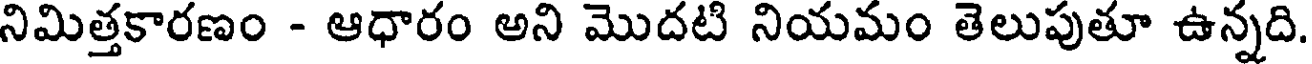
నిమిత్తకారణం - ఆధారం అని మొదటి నియమం తెలుపుతూ ఉన్నది